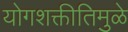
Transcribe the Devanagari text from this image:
योगशक्तीतिमुळे